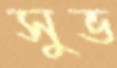
সুভ